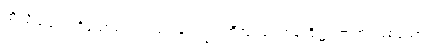
ထိုသို့သဘောရှိသောမင်းသည်။ ပေါက္ခရဏီသု၊ ရေကန်တို့၌။ ဇာတံ၊ ဖြစ်သော။